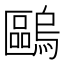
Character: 𠥹